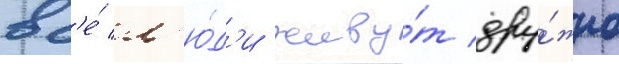
вс'е́ л'ю́д'и живу́т дру́жно